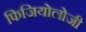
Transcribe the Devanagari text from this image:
फिजियोलोजी